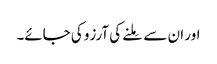
اور ان سے مِلنے کی آرزو کی جائے۔